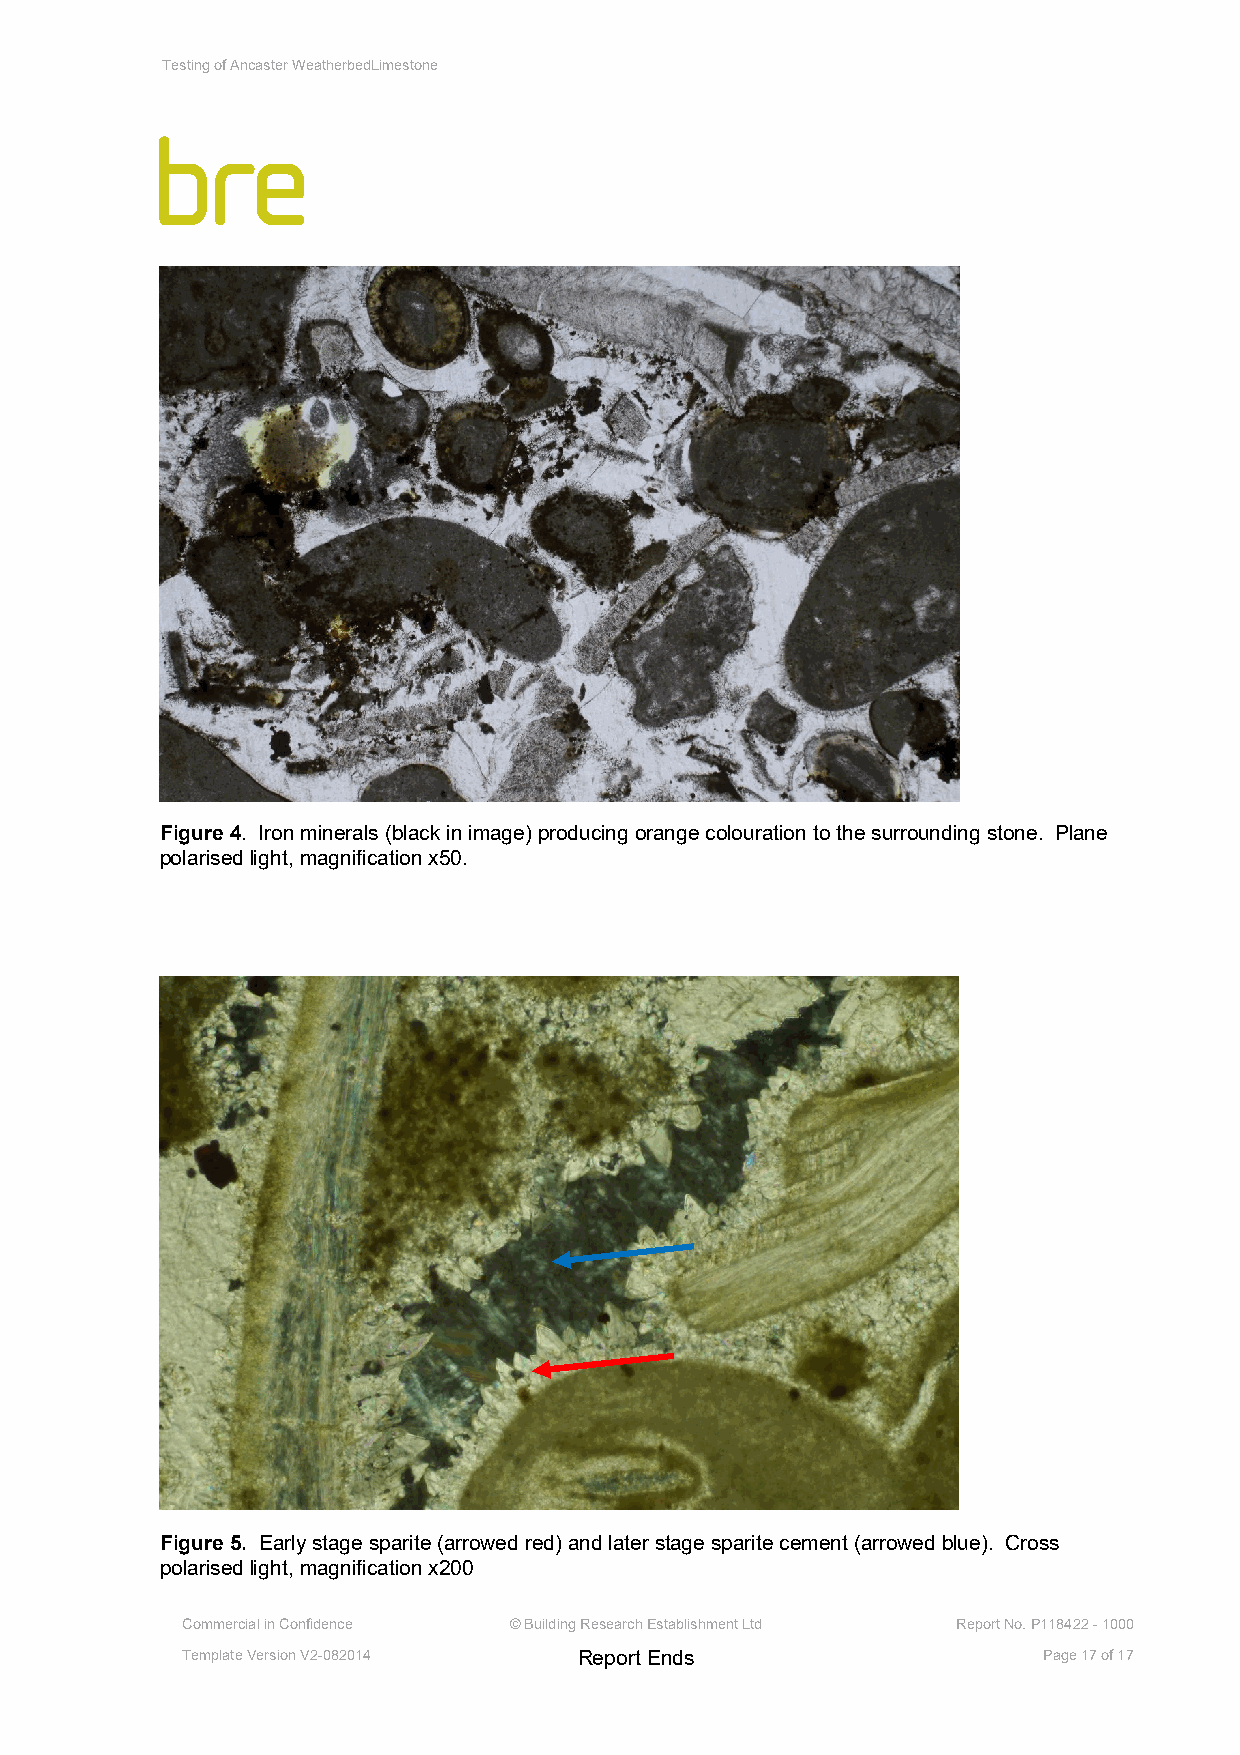
Testing of Ancaster WeatherbedLimestone
 Figure 4. Iron minerals (black in image) producing orange colouration to the surrounding stone. Plane
 polarised light, magnification x50.
 Figure 5. Early stage sparite (arrowed red) and later stage sparite cement (arrowed blue). Cross
 polarised light, magnification x200
 Commercial in Confidence © Building Research Establishment Ltd Report No. P118422 - 1000
 Template Version V2-082014 Report Ends                   Page 17 of 17